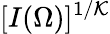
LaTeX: [I(\Omega)]^{1/\mathcal{K}}